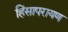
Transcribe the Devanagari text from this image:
हिंसापरायण